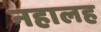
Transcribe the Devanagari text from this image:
नहालह